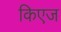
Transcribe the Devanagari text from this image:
किएज